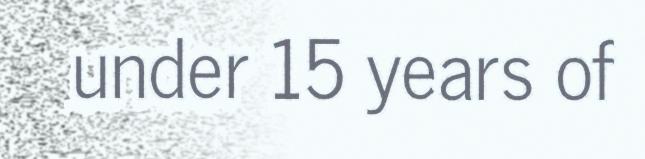
under 15 years of